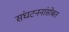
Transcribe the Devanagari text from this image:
संघटननांसोबत